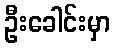
ဦးခေါင်းမှာ